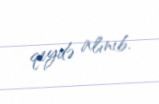
qeydə alınıb.